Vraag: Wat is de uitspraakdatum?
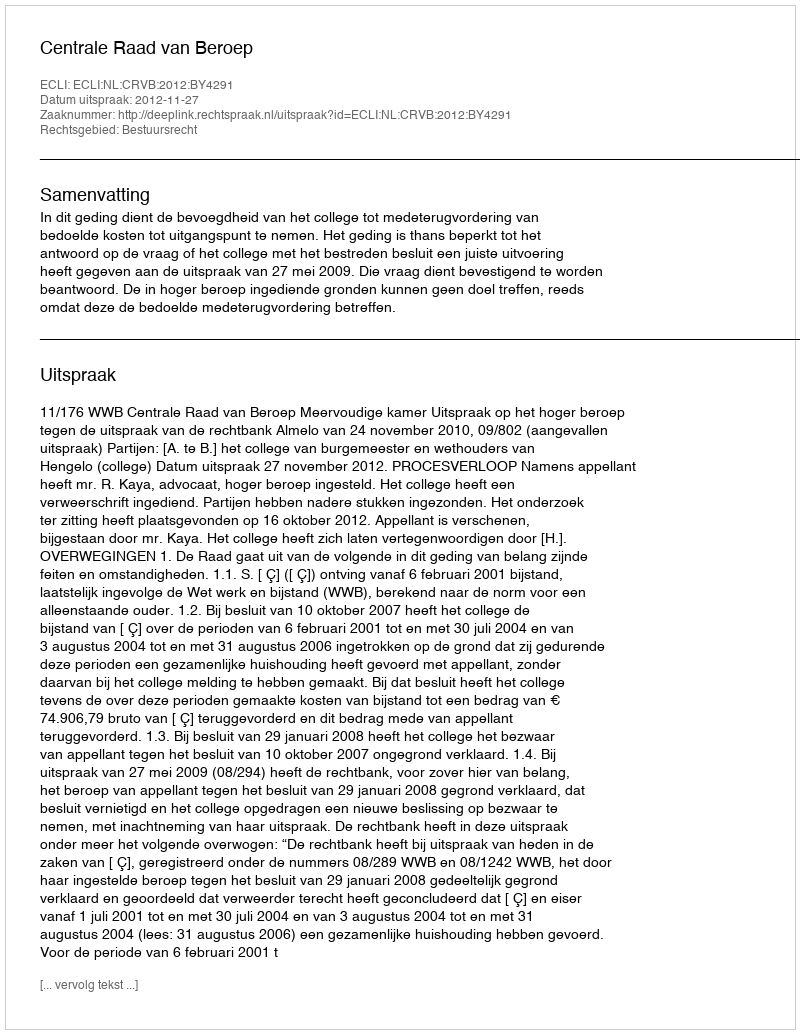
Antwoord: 2012-11-27